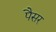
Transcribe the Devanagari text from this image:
पैसर